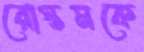
রোস্তমকে